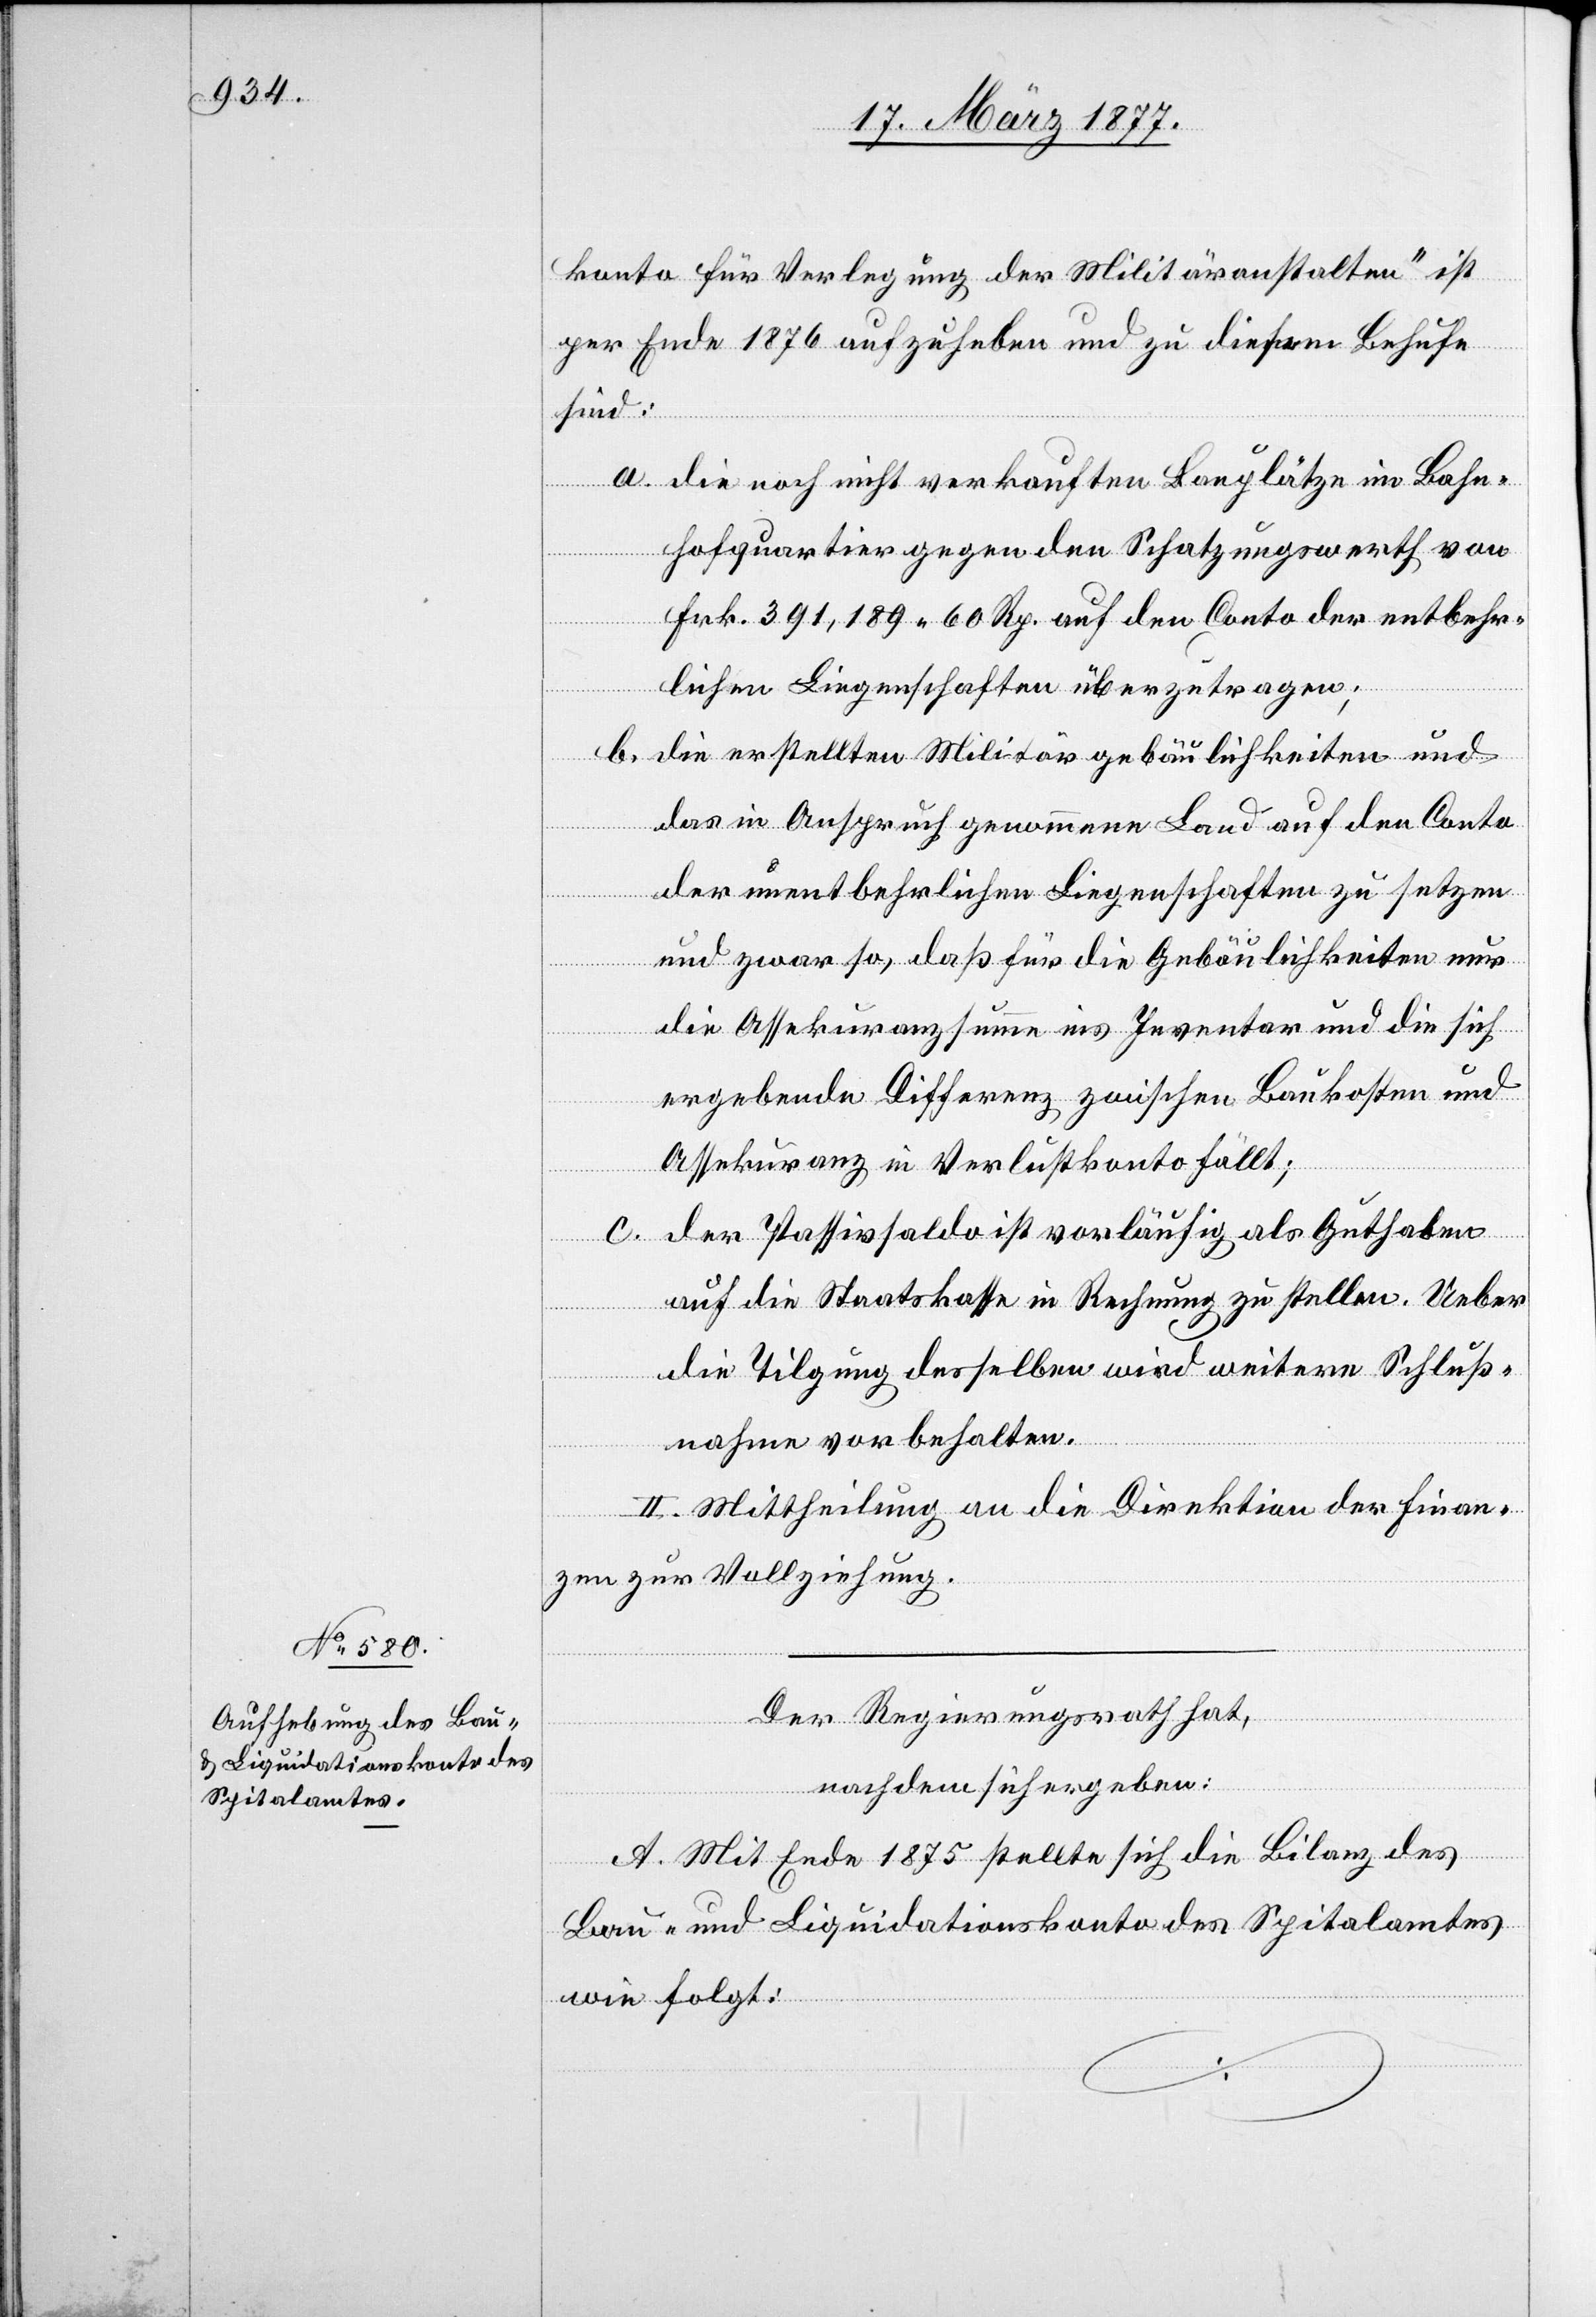
konto für Verlegung der Militäranstalten“ ist
per Ende 1876 aufzuheben und zu diesem Behufe
sind:
a. die noch nicht verkauften Bauplätze im Bahn¬
hofquartier gegen den Schatzungswerth von
Frk. 391,189 60 Rp. auf den Conto der entbehr¬
lichen Liegenschaften überzutragen;
b. die erstellten Militärgebäulichkeiten und
das in Anspruch genommene Land auf den Conto
der unentbehrlichen Liegenschaften zu setzen
und zwar so, daß für die Gebäulichkeiten nur
die Assekuranzsumme ins Inventar und die sich
ergebende Differenz zwischen Baukosten und
Assekuranz in Verlustkonto fällt;
c. der Passivsaldo ist vorläufig als Guthaben
auf die Staatskasse in Rechnung zu stellen. Ueber
die Tilgung desselben wird weitere Schluß¬
nahme vorbehalten.
II. Mittheilung an die Direktion der Finan¬
zen zur Vollziehung.
Der Regierungsrath hat,
nachdem sich ergeben:
A. Mit Ende 1875 stellte sich die Bilanz des
Bau- und Liquidationskonto des Spitalamtes
wie folgt: